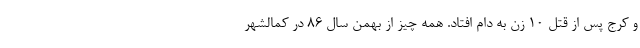
و کرج پس از قتل 10 زن به دام افتاد. همه چیز از بهمن سال ۸۶ در کمالشهر